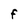
Character: F